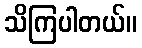
သိကြပါတယ်။